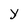
Character: y